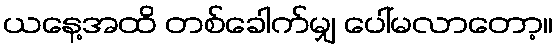
ယနေ့အထိ တစ်ခေါက်မျှ ပေါ်မလာတော့။